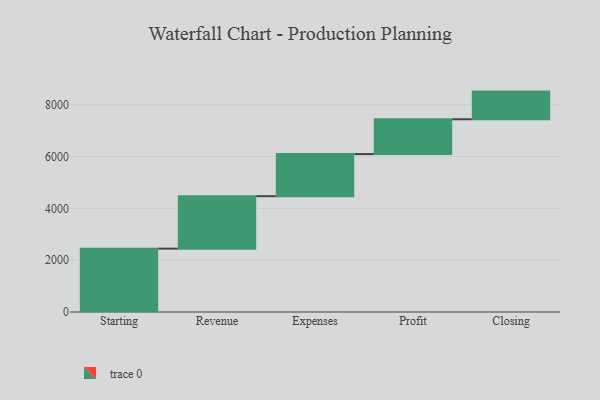
{"axis": {"x": "Step", "y": "Value"}, "legend": [""], "data": [{"x": "Starting", "y": 2446.0, "type": ""}, {"x": "Revenue", "y": 2025.0, "type": ""}, {"x": "Expenses", "y": 1626.0, "type": ""}, {"x": "Profit", "y": 1344.0, "type": ""}, {"x": "Closing", "y": 1068.0, "type": ""}]}